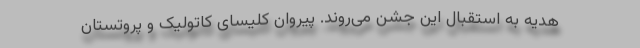
هدیه به استقبال این جشن می‌روند. پیروان کلیسای کاتولیک و پروتستان